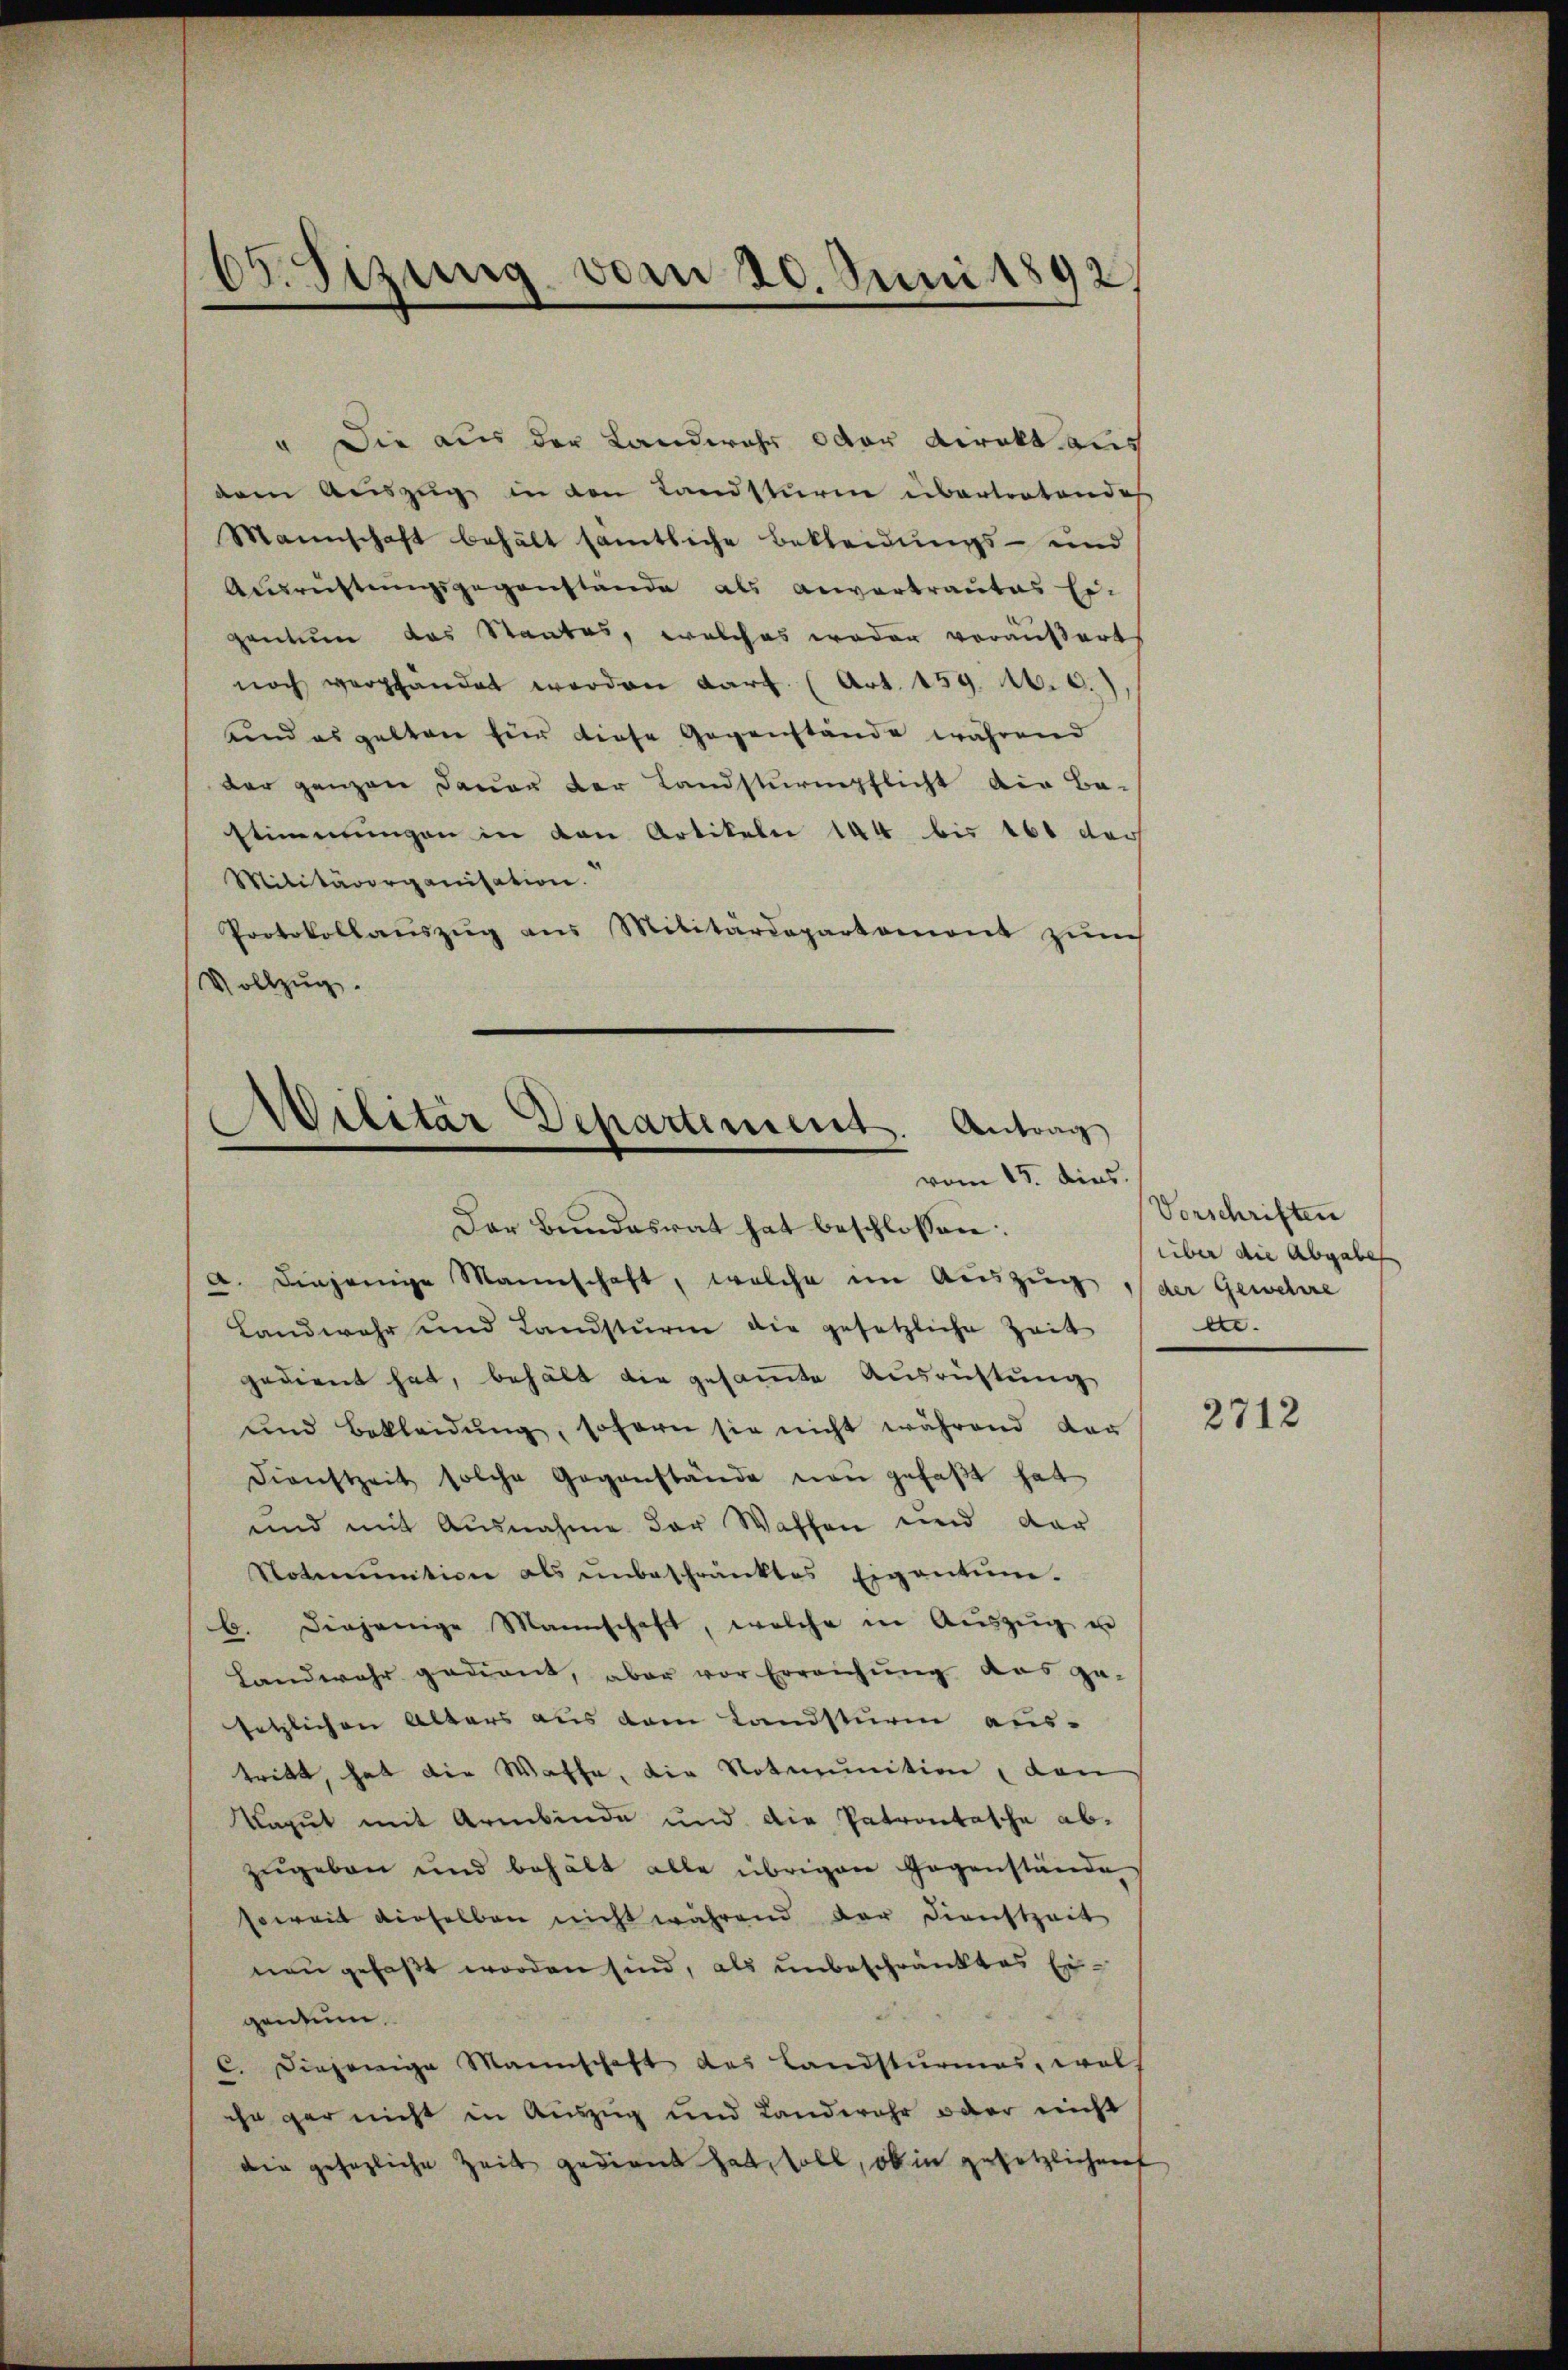
65. Sizung von 20. Juni 1892

" Die aus der Landwehr oder Direkt aus
dem Auszug in den Landsturm übertratendes
Mannschaft behält sämtliche Bekleidungs- und
Ausrüstungsgegenstände als anvertrautes Ei-
gantum das Staates, welches weder veräußert
noch verpfandet werden darf. (Art. 159. 1.6.)
und es gelten für diese Gegenstände während
der ganzen dauer der Landsturmpflicht der Be-
stimmungen in den Artikeln 144 bis 161 dess
Militärorganisation.
Protokollauszug aus Militärdepartement zum
Vollzug.

e
Militar Departement. Antrag
vom 15. dies

Der Bundesrat hat beschlossen:
a. Diejenige Mannschaft, welche im Auszug der Gewehre
Landwehr und Landsturm die gesetzliche Zeit
gedient hat, behält die gesammte Ausrichtung
und bekleidŭng, sofern sie nicht während der
Dienstzeit solche Gegenstände von gefaßt hat
und mit Ausnahme der Waffen und dar
Noturinition als ŭnbeschränktes Eigentum.
b. Diejenige Mannschaft, welche in Aŭszŭg u
Landwehr gedient, aber vor Erreichŭng das ge-
setzlichen Alters aus dem Landsturm aus-
tritt, hat die Waffe, die Noterinition, den
Kaput mit Armbinde und die Patrontasche abzugeben und behält alle übrigen Gegenstände
soweit dieselben nicht während der Dienstzeit
neu gefaßt worden sind, als unbeschränktes Eigentum.
C. Diejenige Mannschaft das Landsturmes, welch
ihn gar nicht in Auszug und Landwehr oder nicht
die gesezliche Zeit gedient hat, soll, ob in gesetzlichen

Vorschriften
über die Abgabe
ec.

2712